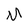
Character: M